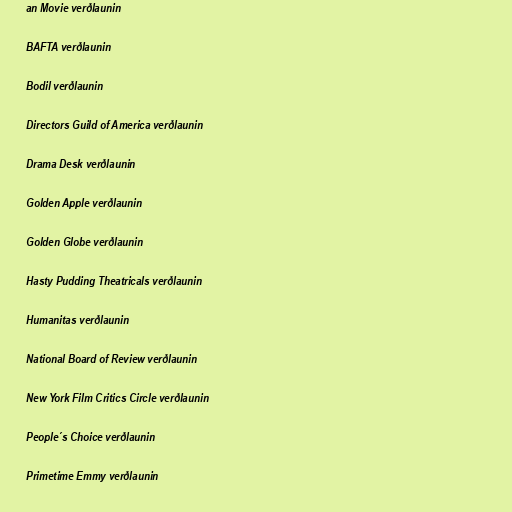
an Movie verðlaunin

BAFTA verðlaunin

Bodil verðlaunin

Directors Guild of America verðlaunin

Drama Desk verðlaunin

Golden Apple verðlaunin

Golden Globe verðlaunin

Hasty Pudding Theatricals verðlaunin

Humanitas verðlaunin

National Board of Review verðlaunin

New York Film Critics Circle verðlaunin

People´s Choice verðlaunin

Primetime Emmy verðlaunin